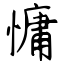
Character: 慵